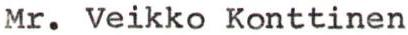
Mr. Veikko Konttinen